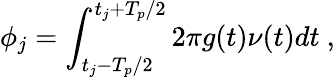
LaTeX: \phi_{j}=\int_{t_{j}-T_{p}/2}^{t_{j}+T_{p}/2}2\pi g(t)\nu(t)dt\ ,